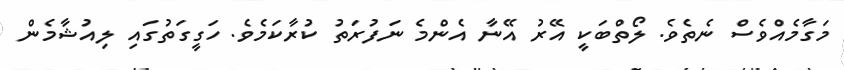
މަގާމެއްވެސް ނެތެވެ. ލޯތްބަކީ އޭރު އޭނާ އެންމެ ނަފުރަތު ކުރާކަމެވެ. ހަގީގަތުގައި ލިއުޝާމެން